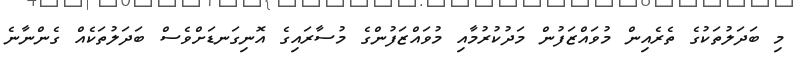
މި ބަދަލުތަކުގެ ތެރެއިން މުވައްޒަފުން މަދުކުރުމާއި މުވައްޒަފުންގެ މުސާރައިގެ އޮނިގަނޑަށްވެސް ބަދަލުތަކެއް ގެންނާނެ